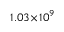
1 . 0 3 \! \times \! 1 0 ^ { 9 }